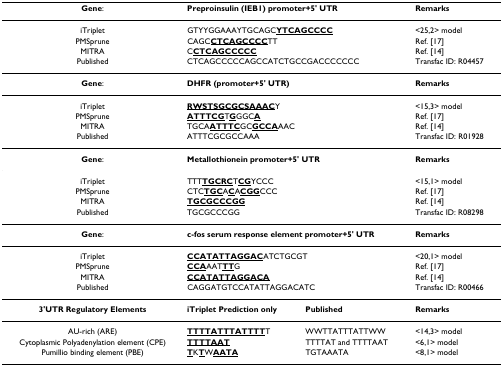
<table><thead><tr><td><b>Gene:</b></td><td colspan="2"><b>Preproinsulin (IEB1) promoter+5&#x27; UTR</b></td><td><b>Remarks</b></td></tr></thead><tbody><tr><td>iTriplet</td><td colspan="2">GTYYGGAAAYTGCAGC<b><underline>YTCAGCCCC</underline></b></td><td>&lt;25,2&gt; model</td></tr><tr><td>PMSprune</td><td colspan="2">CAGC<b><underline>CTCAGCCCC</underline></b>TT</td><td>Ref. [17]</td></tr><tr><td>MITRA</td><td colspan="2">C<b><underline>CTCAGCCCCC</underline></b></td><td>Ref. [14]</td></tr><tr><td>Published</td><td colspan="2">CTCAGCCCCCAGCCATCTGCCGACCCCCCC</td><td>Transfac ID: R04457</td></tr><tr><td><b>Gene</b>:</td><td colspan="2"><b>DHFR (promoter+5&#x27; UTR)</b></td><td><b>Remarks</b></td></tr><tr><td>iTriplet</td><td colspan="2"><b><underline>RWSTSGCGCSAAAC</underline></b>Y</td><td>&lt;15,3&gt; model</td></tr><tr><td>PMSprune</td><td colspan="2"><b><underline>ATTTCG</underline></b>T<b><underline>G</underline></b>GGC<b><underline>A</underline></b></td><td>Ref. [17]</td></tr><tr><td>MITRA</td><td colspan="2">TGCA<b><underline>ATTTC</underline></b>GC<b><underline>GCCA</underline></b>AAC</td><td>Ref. [14]</td></tr><tr><td>Published</td><td colspan="2">ATTTCGCGCCAAA</td><td>Transfac ID: R01928</td></tr><tr><td><b>Gene</b>:</td><td colspan="2"><b>Metallothionein promoter+5&#x27; UTR</b></td><td><b>Remarks</b></td></tr><tr><td>iTriplet</td><td colspan="2">TTT<b><underline>TGCRC</underline></b>T<b><underline>CG</underline></b>YCCC</td><td>&lt;15,1&gt; model</td></tr><tr><td>PMSprune</td><td colspan="2">CTC<b><underline>TGC</underline></b>A<b><underline>C</underline></b>A<b><underline>CGG</underline></b>CCC</td><td>Ref. [17]</td></tr><tr><td>MITRA</td><td colspan="2"><b><underline>TGCGCCCGG</underline></b></td><td>Ref. [14]</td></tr><tr><td>Published</td><td colspan="2">TGCGCCCGG</td><td>Transfac ID: R08298</td></tr><tr><td><b>Gene</b>:</td><td colspan="2"><b>c-fos serum response element promoter+5&#x27; UTR</b></td><td><b>Remarks</b></td></tr><tr><td>iTriplet</td><td colspan="2"><b><underline>CCATATTAGGAC</underline></b>ATCTGCGT</td><td>&lt;20,1&gt; model</td></tr><tr><td>PMSprune</td><td colspan="2"><b><underline>CCA</underline></b>AAT<b><underline>TT</underline></b>G</td><td>Ref. [17]</td></tr><tr><td>MITRA</td><td colspan="2"><b><underline>CCATATTAGGACA</underline></b></td><td>Ref. [14]</td></tr><tr><td>Published</td><td colspan="2">CAGGATGTCCATATTAGGACATC</td><td>Transfac ID: R00466</td></tr><tr><td><b>3&#x27;UTR Regulatory Elements</b></td><td><b>iTriplet Prediction only</b></td><td><b>Published</b></td><td><b>Remarks</b></td></tr><tr><td>AU-rich (ARE)</td><td><b><underline>TTTTATTTATTTT</underline></b>T</td><td>WWTTATTTATTWW</td><td>&lt;14,3&gt; model</td></tr><tr><td>Cytoplasmic Polyadenylation element (CPE)</td><td><b><underline>TTTTAAT</underline></b></td><td>TTTTAT and TTTTAAT</td><td>&lt;6,1&gt; model</td></tr><tr><td>Pumillio binding element (PBE)</td><td><b><underline>T</underline></b>K<b><underline>T</underline></b>W<b><underline>AATA</underline></b></td><td>TGTAAATA</td><td>&lt;8,1&gt; model</td></tr></tbody></table>